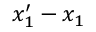
x _ { 1 } ^ { \prime } - x _ { 1 }